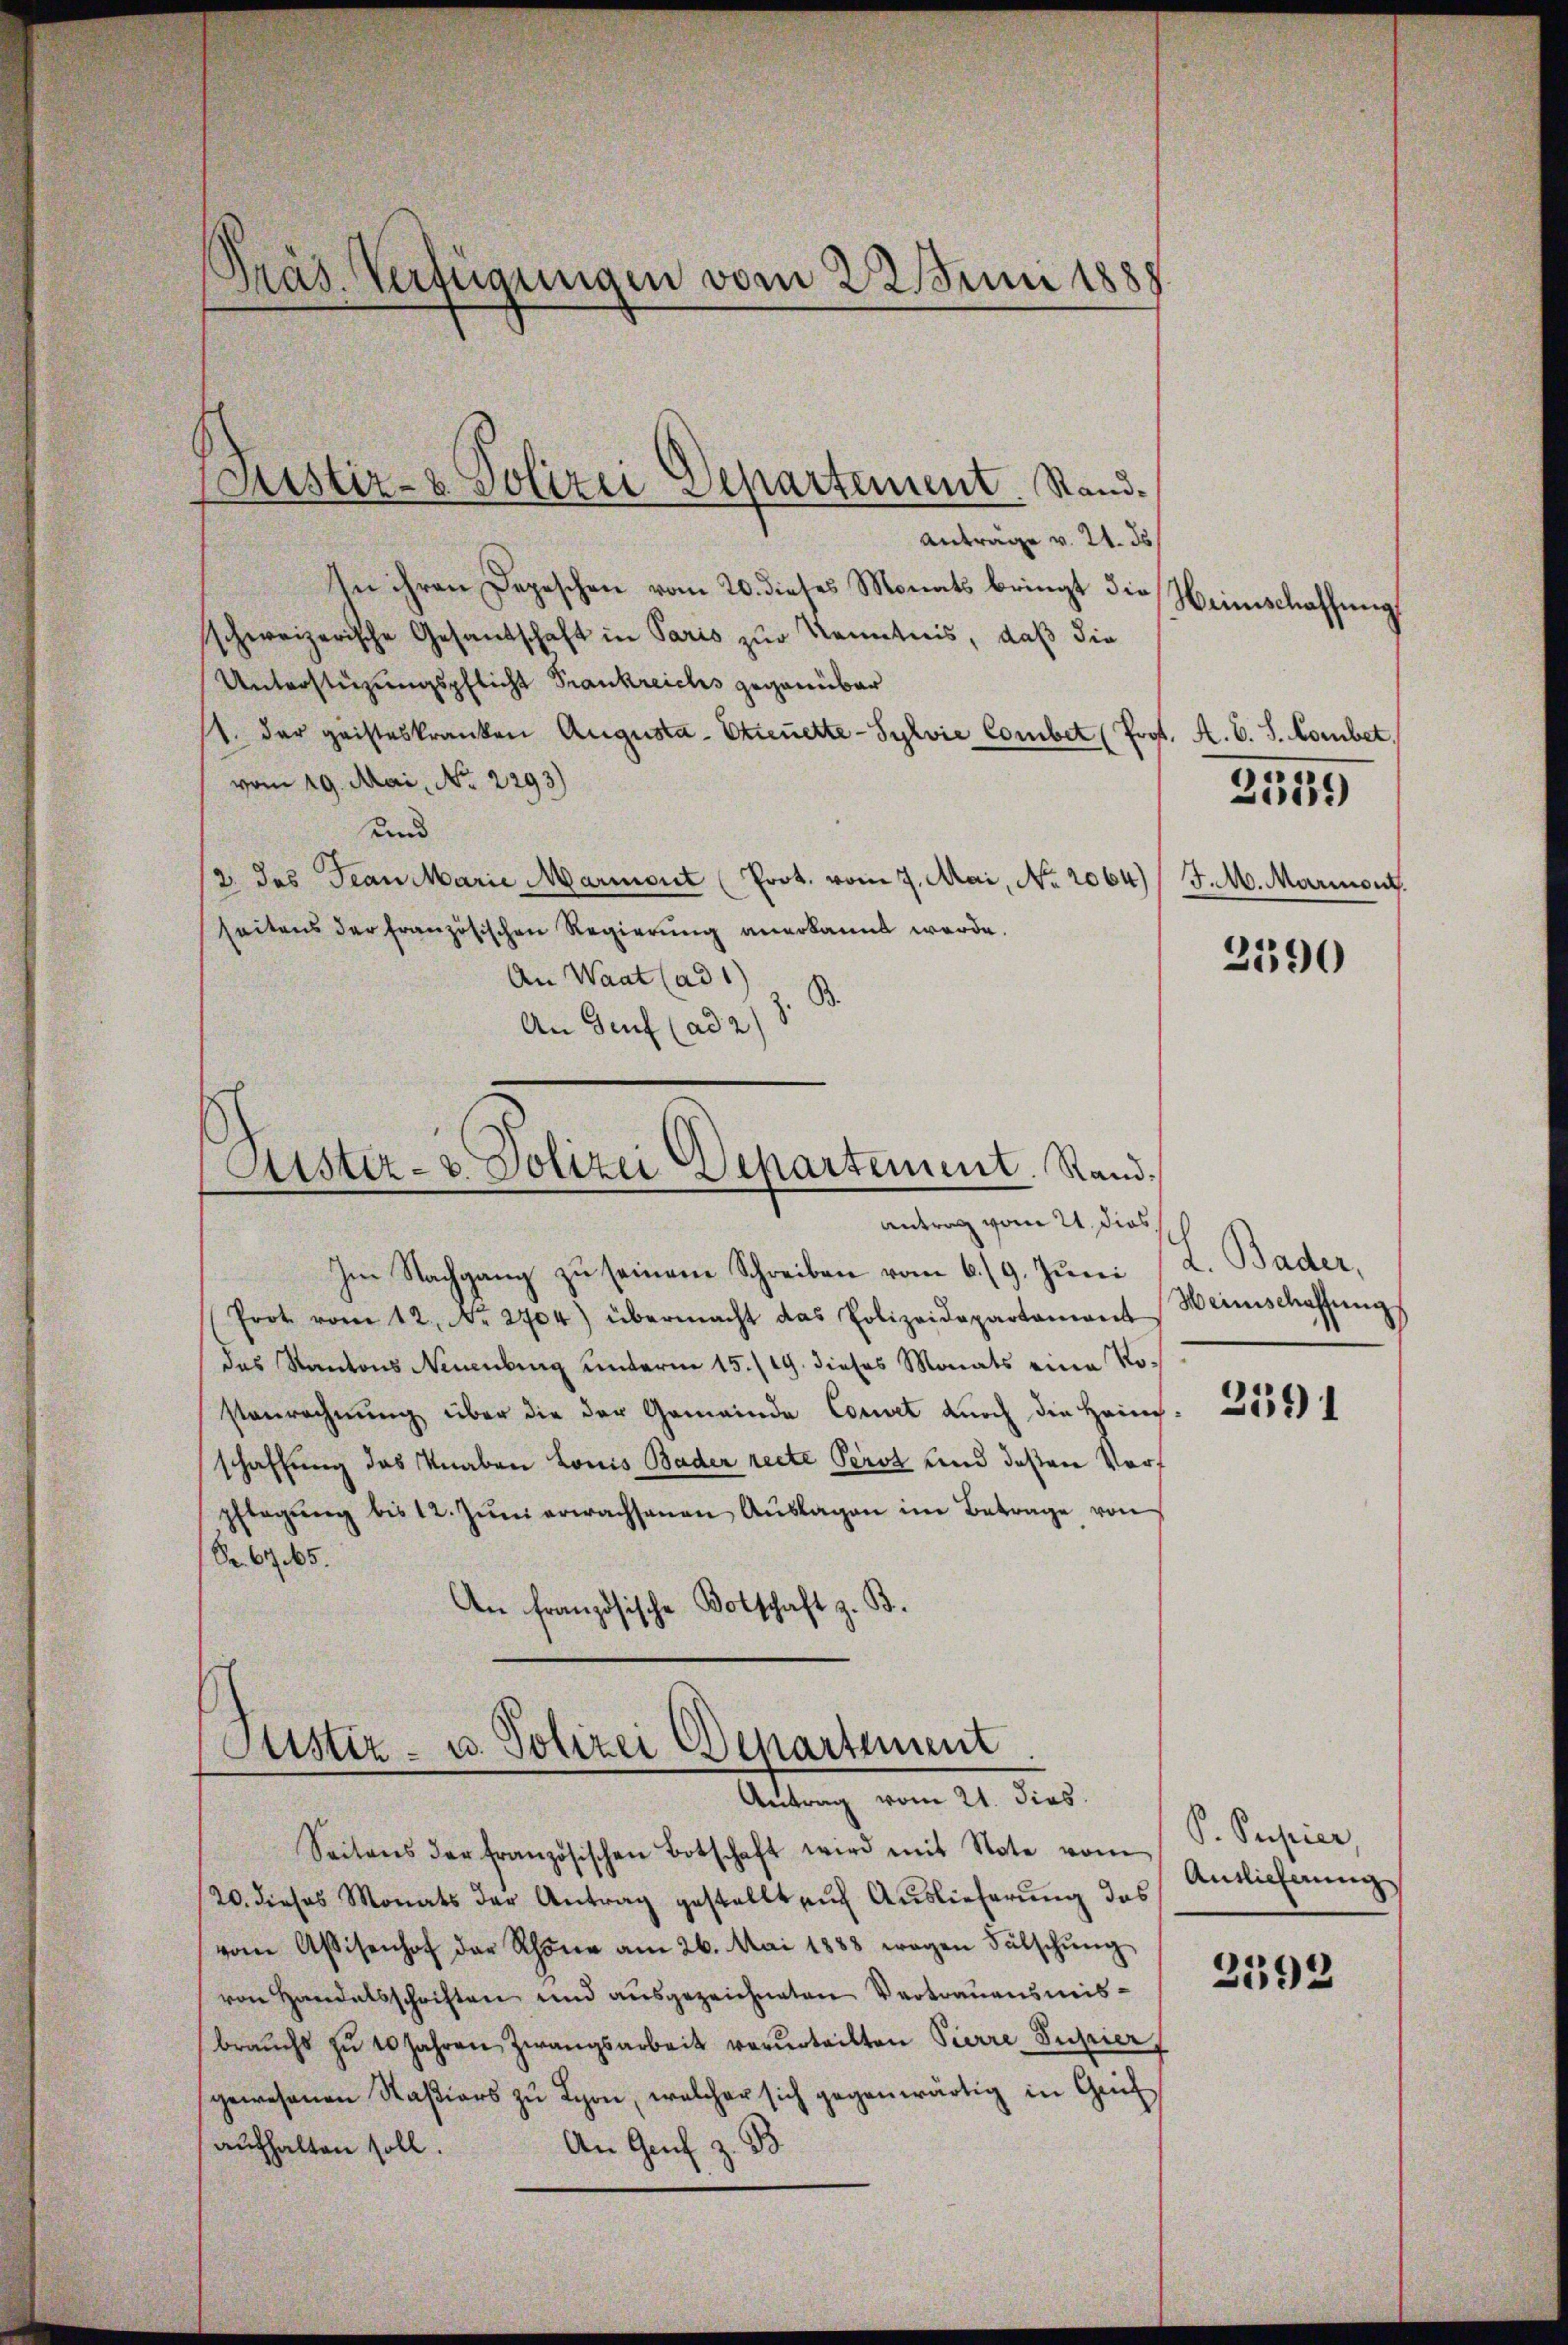
Präs. Verfügungen vom 22. Juni 1888

Anträge v. 21. ds
In ihren Depeschen vom 20. dieses Monats bringt die
schweizerische Gesandschaft in Paris zur Kenntnis, daß die
Unterstüzungspflicht Frankreichs gegenüber
t. der geisteskranken Augusta - Streuerte - Sylvie Combet (Prof. A. B. S. Hombet,
vom 19. Mai, No. 2293)
und
2. das Jean Marie Marmont (Prot. vom 7. Mai, No. 2064)
seitens der französischen Regierung anerkannt werde.
An Waat (ad 1)
B.
An Genf (ad 28

Justiz- & Polizei Separtement. Stand.

Aistiz- & Polizei Departement. Randantrag vom 21. dies

Im Nachgang zu seinen Schreiben vom 6./9. Juni
Prot vom 12. No. 2704) übermacht das Polizeidepartament
das Kantons Neuenburg unterm 15./19. dieses Monats eine Rostenrechnung über die der Gemeinde Convet durch die Heinschaffung das Knaben Louis Bader recte Perst und deßen Vorpflegŭng bis 12. Jŭni erwachsenen Aŭslagen im Betrage von
Pr. 67. 65.
An französische Botschaft z. B.

Pustiz- u. Polizei Departement
Antrag vom 21. dies

Weinschaffung
2539)
J.M. Marmont.

ch

Seitens der französischen Botschaft wird mit Note vom
/20. dieses Monats der Antrag gestellt auf Auslieferung das
vom Assisenhof der Schöne am 26. Mai 1888 wegen Fälschŭng
von Handelsschriften und ausgezeichneten Vertrauensmisbrauchs zu 20 Jahren Zwangsarbeit verurteilten Pierre Supier
gewesenen Naßiers zu Lyon, welcher sich gegenwärtig in Grü
aufhalten soll.
An Genf z. B.

2590

d. Bader,
Weinschaffung

259 1

P. Pupier,
Antlicherung

2592